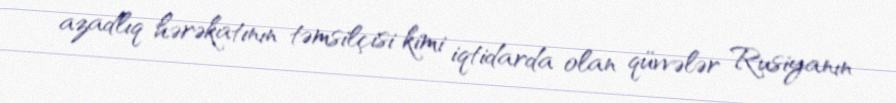
azadlıq hərəkatının təmsilçisi kimi iqtidarda olan qüvvələr Rusiyanın